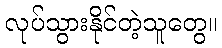
လုပ်သွားနိုင်တဲ့သူတွေ။